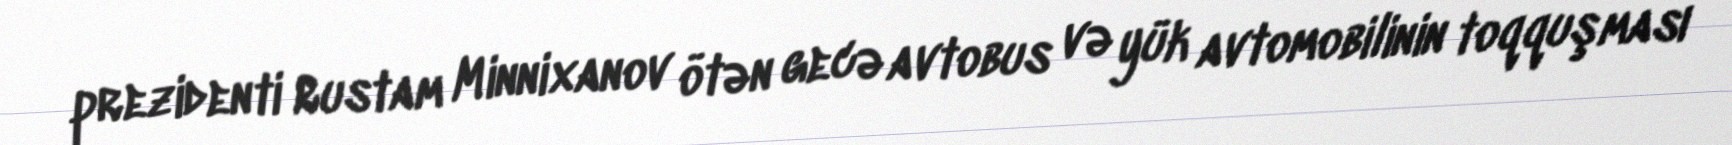
prezidenti Rustam Minnixanov ötən gecə avtobus və yük avtomobilinin toqquşması